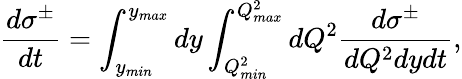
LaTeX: \frac{d\sigma^{\pm}}{dt}=\int_{y_{min}}^{y_{max}}dy\int_{Q_{min}^{2}}^{Q_{max}^{2}}dQ^{2}\frac{d\sigma^{\pm}}{dQ^{2}dydt},